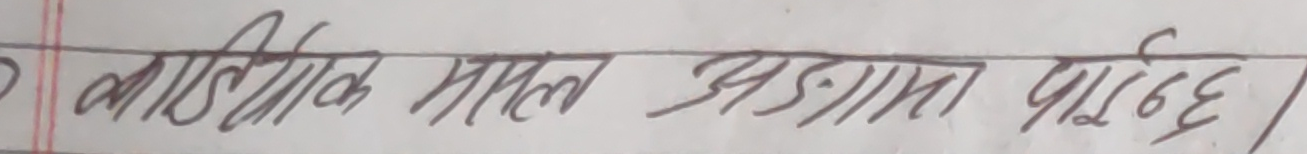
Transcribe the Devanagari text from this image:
लास्टिक माल अड्डामा पाइन्छ।